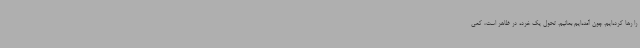
را رها کرده‌ایم. چون آمده‌ایم بمانیم. تحول یک خرده در ظاهر است، کمی